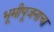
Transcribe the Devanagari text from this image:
भूमीपूजनाचा